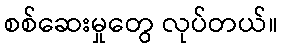
စစ်ဆေးမှုတွေ လုပ်တယ်။